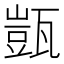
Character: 𭺤